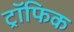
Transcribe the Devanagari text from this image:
ट्रॉफिक